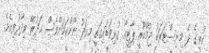
ކުރީގެ ދެ މިނިސްޓަރަކު ޖުމްހޫރީ ޕާޓީއާ ގުޅިވަޑައިގަތީ މިއަދު ނޫންކަމަށްވެސް އަދުރޭ ވިދާޅުވިއެވެ.